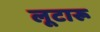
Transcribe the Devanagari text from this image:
लूटारू